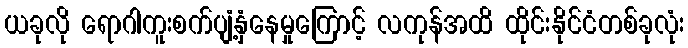
ယခုလို ရောဂါကူးစက်ပျံ့နှံနေမှုကြောင့် လကုန်အထိ ထိုင်းနိုင်ငံတစ်ခုလုံး